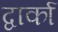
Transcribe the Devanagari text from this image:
द्वार्का